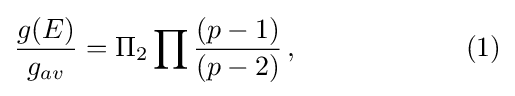
{\frac {g(E)}{g_{av}}}=\Pi _{2}\prod {\frac {(p-1)}{(p-2)}}\,,\quad \quad \quad \quad \quad \quad (1)